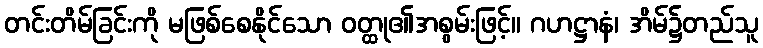
တင်းတိမ်ခြင်းကို မဖြစ်စေနိုင်သော ဝတ္ထု၏အစွမ်းဖြင့်။ ဂဟဋ္ဌာနံ၊ အိမ်၌တည်သူ